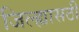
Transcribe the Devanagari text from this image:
जिल्ह्यासठी